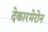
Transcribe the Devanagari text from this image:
देकारमेरोन